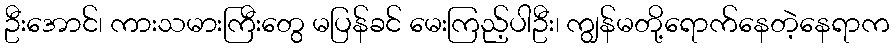
ဦးအောင်၊ ကားသမားကြီးတွေ မပြန်ခင် မေးကြည့်ပါဦး၊ ကျွန်မတို့ရောက်နေတဲ့နေရာက